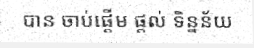
បាន ចាប់ផ្តើម ផ្តល់ ទិន្នន័យ